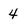
Character: 4